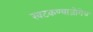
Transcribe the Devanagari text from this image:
खटकण्याजोगेच